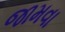
જામવા